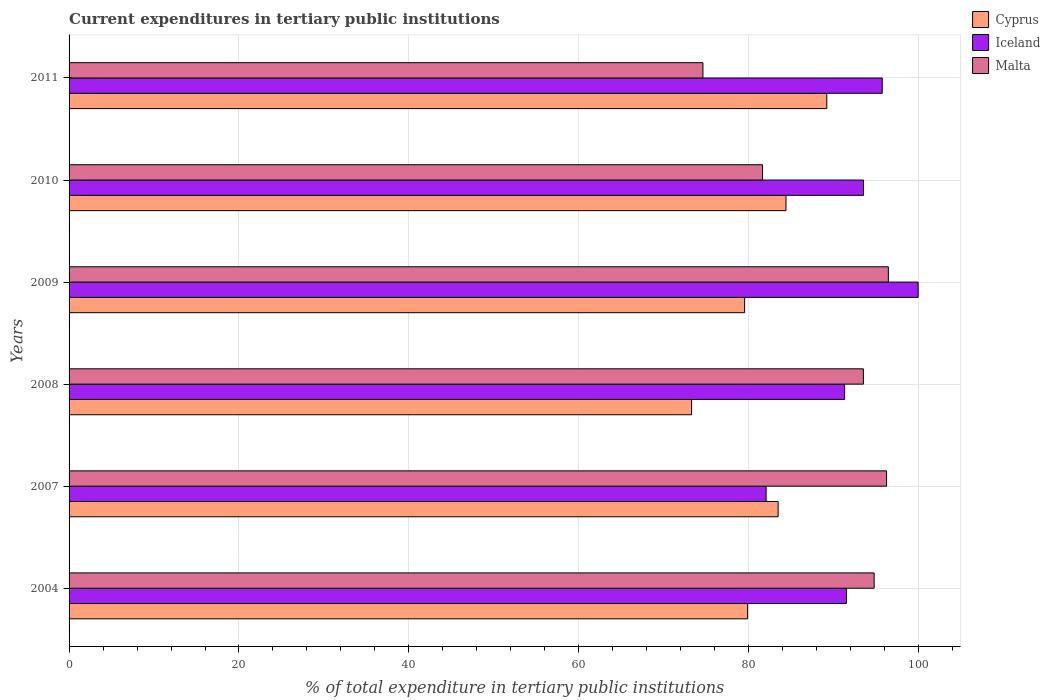
| Years | Cyprus | Iceland | Malta |
 | --- | --- | --- | --- |
 | 2004 | 79.9 | 91.5 | 94.8 |
 | 2007 | 83.5 | 82.1 | 96.2 |
 | 2008 | 73.3 | 91.3 | 93.5 |
 | 2009 | 79.5 | 99.9 | 96.4 |
 | 2010 | 84.4 | 93.5 | 81.6 |
 | 2011 | 89.2 | 95.7 | 74.6 |